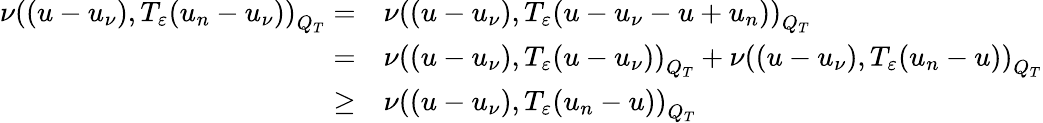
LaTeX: \begin{array}{rl}{\nu\left(\left(u-u_{\nu}\right),T_{\varepsilon}(u_{n}-u_{\nu})\right)_{Q_{T}}=}&{{}\nu\left(\left(u-u_{\nu}\right),T_{\varepsilon}(u-u_{\nu}-u+u_{n})\right)_{Q_{T}}}\\ {=}&{{}\nu\left(\left(u-u_{\nu}\right),T_{\varepsilon}(u-u_{\nu})\right)_{Q_{T}}+\nu\left(\left(u-u_{\nu}\right),T_{\varepsilon}(u_{n}-u)\right)_{Q_{T}}}\\ {\geq}&{{}\nu\left(\left(u-u_{\nu}\right),T_{\varepsilon}(u_{n}-u)\right)_{Q_{T}}}\end{array}